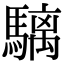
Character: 𩥬